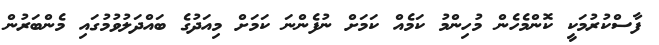
ފާސްކުރުމަކީ ކޮންމެހެން މުހިންމު ކަމެއް ކަމަށް ނުފެންނަ ކަމަށް މިއަދުގެ ބައްދަލުވުމުގައި މެންބަރުން